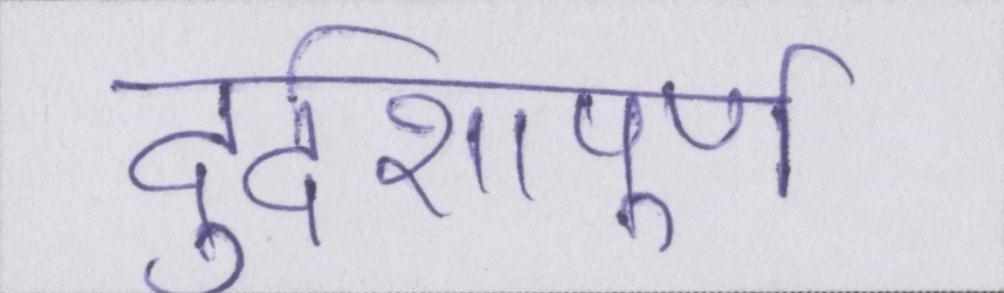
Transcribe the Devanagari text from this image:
दुर्दशापूर्ण